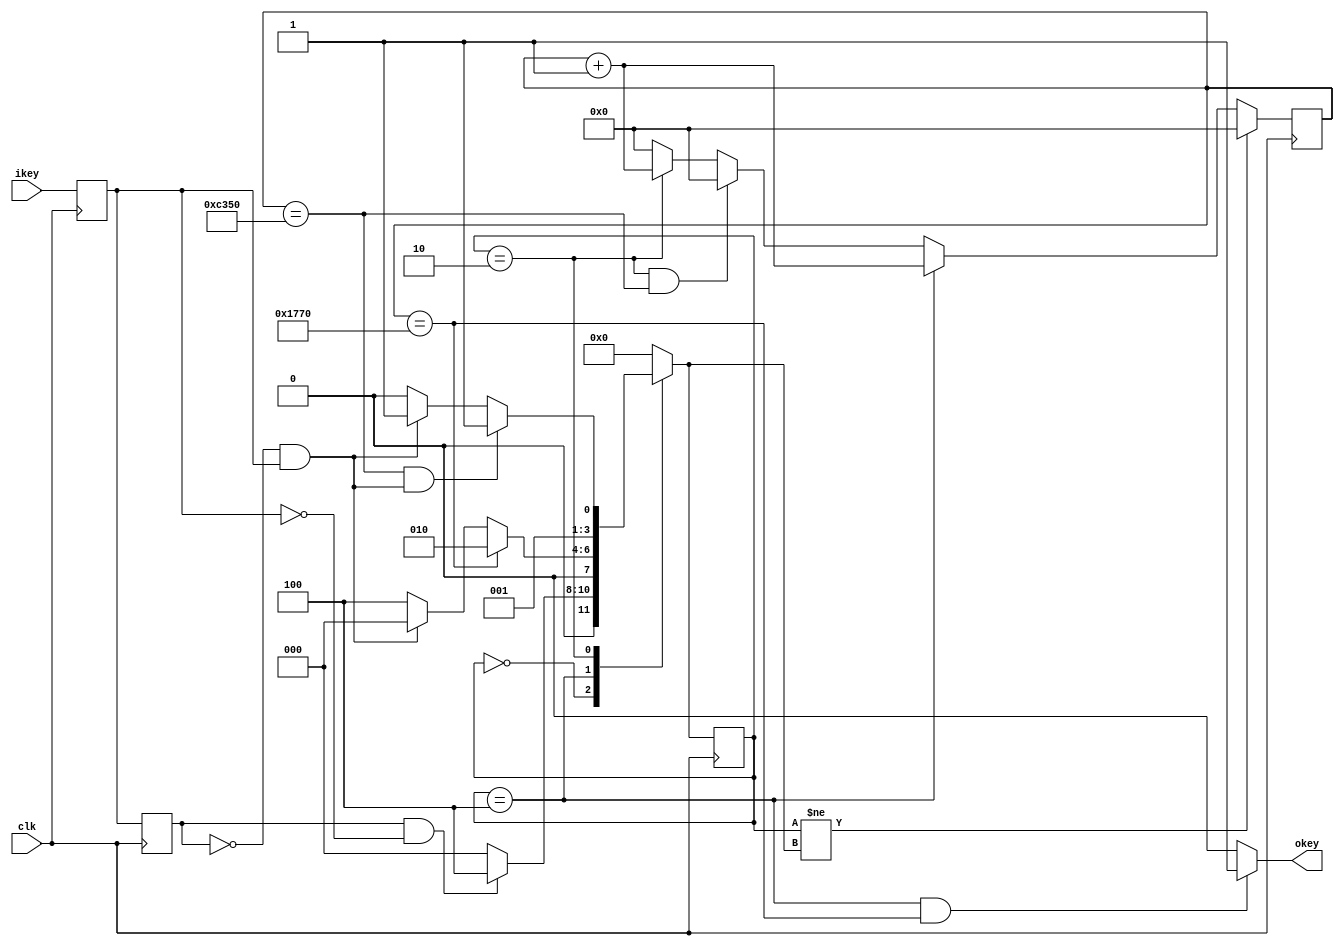
`timescale 1ns / 1ps
//////////////////////////////////////////////////////////////////////////////////
// Company: 
// Engineer: 
// 
// Design Name: 
// Module Name: btn_dis_shake
// Project Name: 
// Target Devices: 
// Tool Versions: 
// Description: 
// 
// Dependencies: 
// 
// Revision:
// Revision 0.01 - File Created
// Additional Comments:
// 
//////////////////////////////////////////////////////////////////////////////////


module btn_dis_shake(
	input clk,
	input ikey,
	output okey		
);

localparam S_IDLE='d0;
localparam S_DOWN='d1;
localparam S_DEALY='d2;
localparam S_UP='d3;
localparam S_DIS_SHAKE='d4;


localparam DIS_SHAKE='d6000;
localparam DELAY='d50000;

reg[3:0] state,next_state;

wire neg_key,pos_key;	
reg	key0,key1;			

reg[30:0] delay_cnt;

assign neg_key=key1&(~key0);
assign pos_key=(~key1)&key0;


assign okey=(state == S_DIS_SHAKE && delay_cnt == DIS_SHAKE) ? 1'b1:1'b0;


always@(posedge clk)
begin
	key0 <= ikey;
	key1 <= key0;
	state <= next_state;
end


always@(*)
begin
	case(state)
		S_IDLE:
			if(neg_key	==	1'b1)
				next_state <= S_DIS_SHAKE;
			else
				next_state <= S_IDLE;
		S_DIS_SHAKE:			
				if(delay_cnt == DIS_SHAKE)
					next_state <= S_DEALY;
				else if(pos_key == 1'b1)
					next_state <= S_IDLE;
				else
					next_state <= S_DIS_SHAKE;
		S_DEALY:			
			if(delay_cnt == DELAY	&& pos_key == 1'b1)
				next_state <= S_UP;
			else if( pos_key == 1'b1)
				next_state <= S_UP;
			else
				next_state <= S_DEALY;
		S_UP:
			next_state <= S_IDLE;
		default:	next_state <= S_IDLE;
	endcase
end


always@(posedge clk)
begin
    if(state != next_state)
		delay_cnt  <= 'd0;
	else if(state == S_DIS_SHAKE)
		delay_cnt <= delay_cnt + 1'b1;
	else if(state == S_DEALY && delay_cnt == DELAY)
		delay_cnt <= 'd0;
	else if(state == S_DEALY)
		delay_cnt <= delay_cnt + 1'b1;
	else
		delay_cnt <= 'd0;
end

endmodule